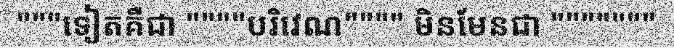
"""ទៀតគឺជា """"បរិវេណ"""" មិនមែនជា """""""